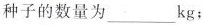
种子的数量为___kg；